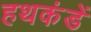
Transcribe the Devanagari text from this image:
हथकंडें